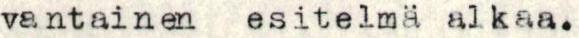
vantainen esitelmä alkaa.